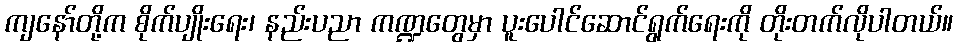
ကျနော်တို့က စိုက်ပျိုးရေး၊ နည်းပညာ ကဏ္ဍတွေမှာ ပူးပေါင်ဆောင်ရွက်ရေးကို တိုးတက်လိုပါတယ်။